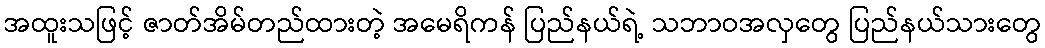
အထူးသဖြင့် ဇာတ်အိမ်တည်ထားတဲ့ အမေရိကန် ပြည်နယ်ရဲ့ သဘာဝအလှတွေ ပြည်နယ်သားတွေ